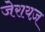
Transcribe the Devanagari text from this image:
जेरायज़